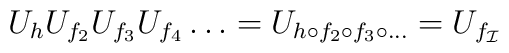
U_h U_{f_2}U_{f_3} U_{f_4} \ldots=U_{h \circ f_2 \circ f_3 \circ \ldots}=U_{f_{\cal I}}